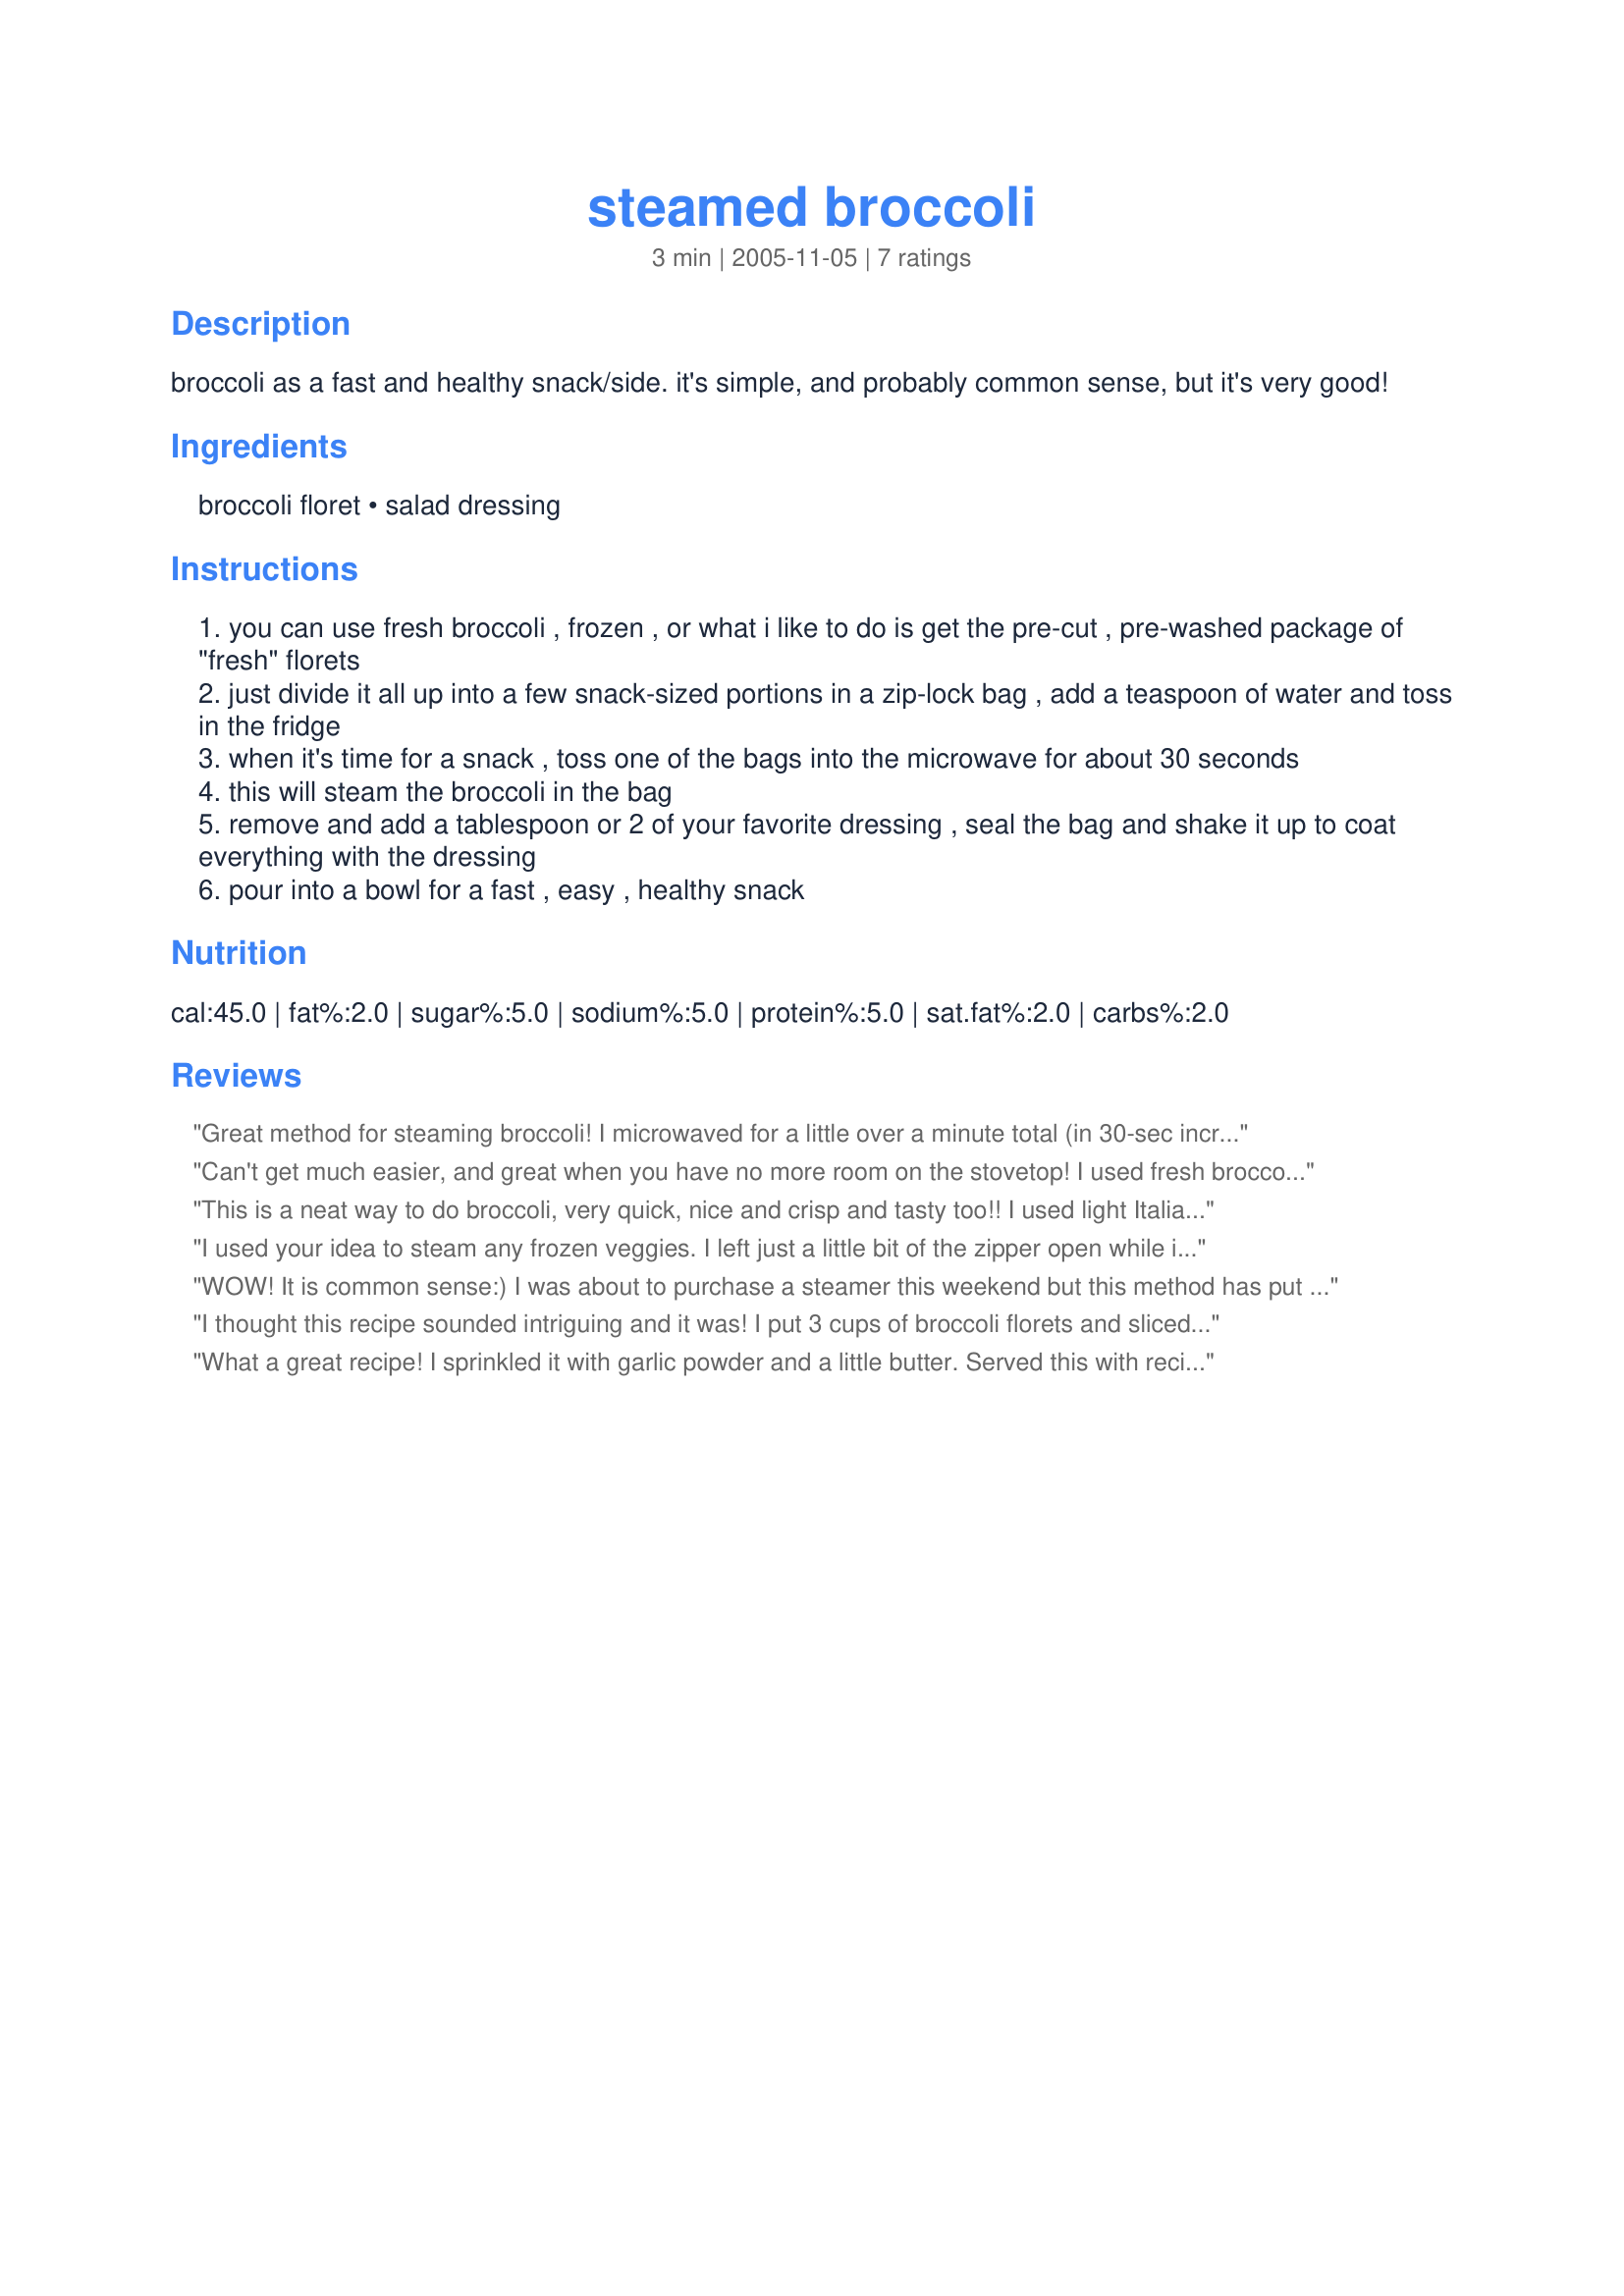
steamed broccoli
Preparation time: 3 minutes

broccoli as a fast and healthy snack/side. it's simple, and probably common sense, but it's very good!

Ingredients:
broccoli floret, salad dressing

Steps:
you can use fresh broccoli , frozen , or what i like to do is get the pre-cut , pre-washed package of "fresh" florets
just divide it all up into a few snack-sized portions in a zip-lock bag , add a teaspoon of water and toss in the fridge
when it's time for a snack , toss one of the bags into the microwave for about 30 seconds
this will steam the broccoli in the bag
remove and add a tablespoon or 2 of your favorite dressing , seal the bag and shake it up to coat everything with the dressing
pour into a bowl for a fast , easy , healthy snack

Reviews:
Great method for steaming broccoli! I microwaved for a little over a minute total (in 30-sec increments), and had perfect steamed broccoli. I didn't use the dressing option, as I had cheese sauce to drizzle over the broccoli.
Can't get much easier, and great when you have no more room on the stovetop! I used fresh broccoli, so it took about 1 minute. Used Gardening Girl's recipe #282262 for the dressing. Made for Spring 2008 PAC.
This is a neat way to do broccoli, very quick, nice and crisp and tasty too!! I used light Italian dressing, 2 teaspoons, really quite delicious! Thanks for posting!Back again Aug 1/08, I do broccoli this way often, stays nice and crisp and the dressing adds a lovely flavour, I used 3 cheese ranch this time, YUM!
I used your idea to steam any frozen veggies. I left just a little bit of the zipper open while it was cooking. Then i added salt, pepper, and whatever other seasonings i wanted and tossed them all together in the bag. Very very easy and a great idea! No more boiling a big pot of water to steam a few veggies. Thanks :)
WOW! It is common sense:) I was about to purchase a steamer this weekend but this method has put that on hold. Broccoli was perfect. Thanks Shaun!
I thought this recipe sounded intriguing and it was! I put 3 cups of broccoli florets and sliced stems in a zip-loc freezer bag, added 3 tsp. of water, left the bag open and zapped in the microwave for 30 seconds, then zapped for 30 seconds more. We love our broccoli crisp tender, in fact, barely cooked, so it was perfect for us. I didn't add the salad dressing as we like bare naked broccoli. This is a very cool method of cooking broccoli....so effortless! Thanks for posting this Shaun!
What a great recipe! I sprinkled it with garlic powder and a little butter. Served this with recipe#86393
